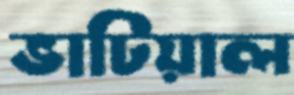
ভাটিয়াল